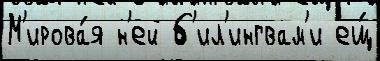
М'ирова́я н'ей б'ил'ингвам'и ещ́